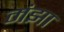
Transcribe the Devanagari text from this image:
मंझा